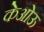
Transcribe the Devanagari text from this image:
केओऊ